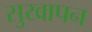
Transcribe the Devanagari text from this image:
सुखापन